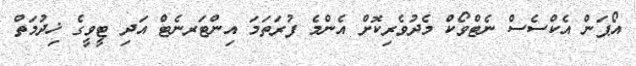
އޯޕަން އެކްސެސް ނެޓްވޯކް މެދުވެރިކޮށް އެންމެ ފުރަތަމަ އިންޓަރނެޓް އަދި ޓީވީގެ ޚިދުމަތް